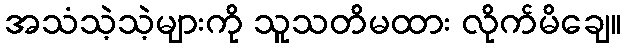
အသံသဲ့သဲ့များကို သူသတိမထား လိုက်မိချေ။